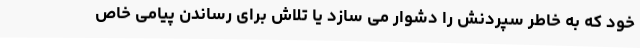
خود که به خاطر سپردنش را دشوار می سازد یا تلاش برای رساندن پیامی خاص